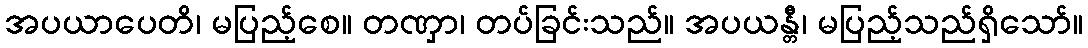
အပယာပေတိ၊ မပြည့်စေ။ တဏှာ၊ တပ်ခြင်းသည်။ အပယန္တီ၊ မပြည့်သည်ရှိသော်။